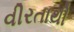
વીરતાથી